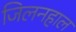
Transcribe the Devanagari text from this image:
जिलनहाल